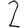
Digit: 2